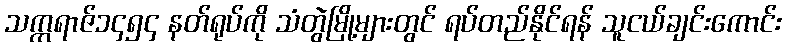
သက္ကရာဇ်၁၄၅၄ နတ်ရုပ်ကို သံတွဲမြို့များတွင် ရပ်တည်နိုင်ရန် သူငယ်ချင်းကောင်း